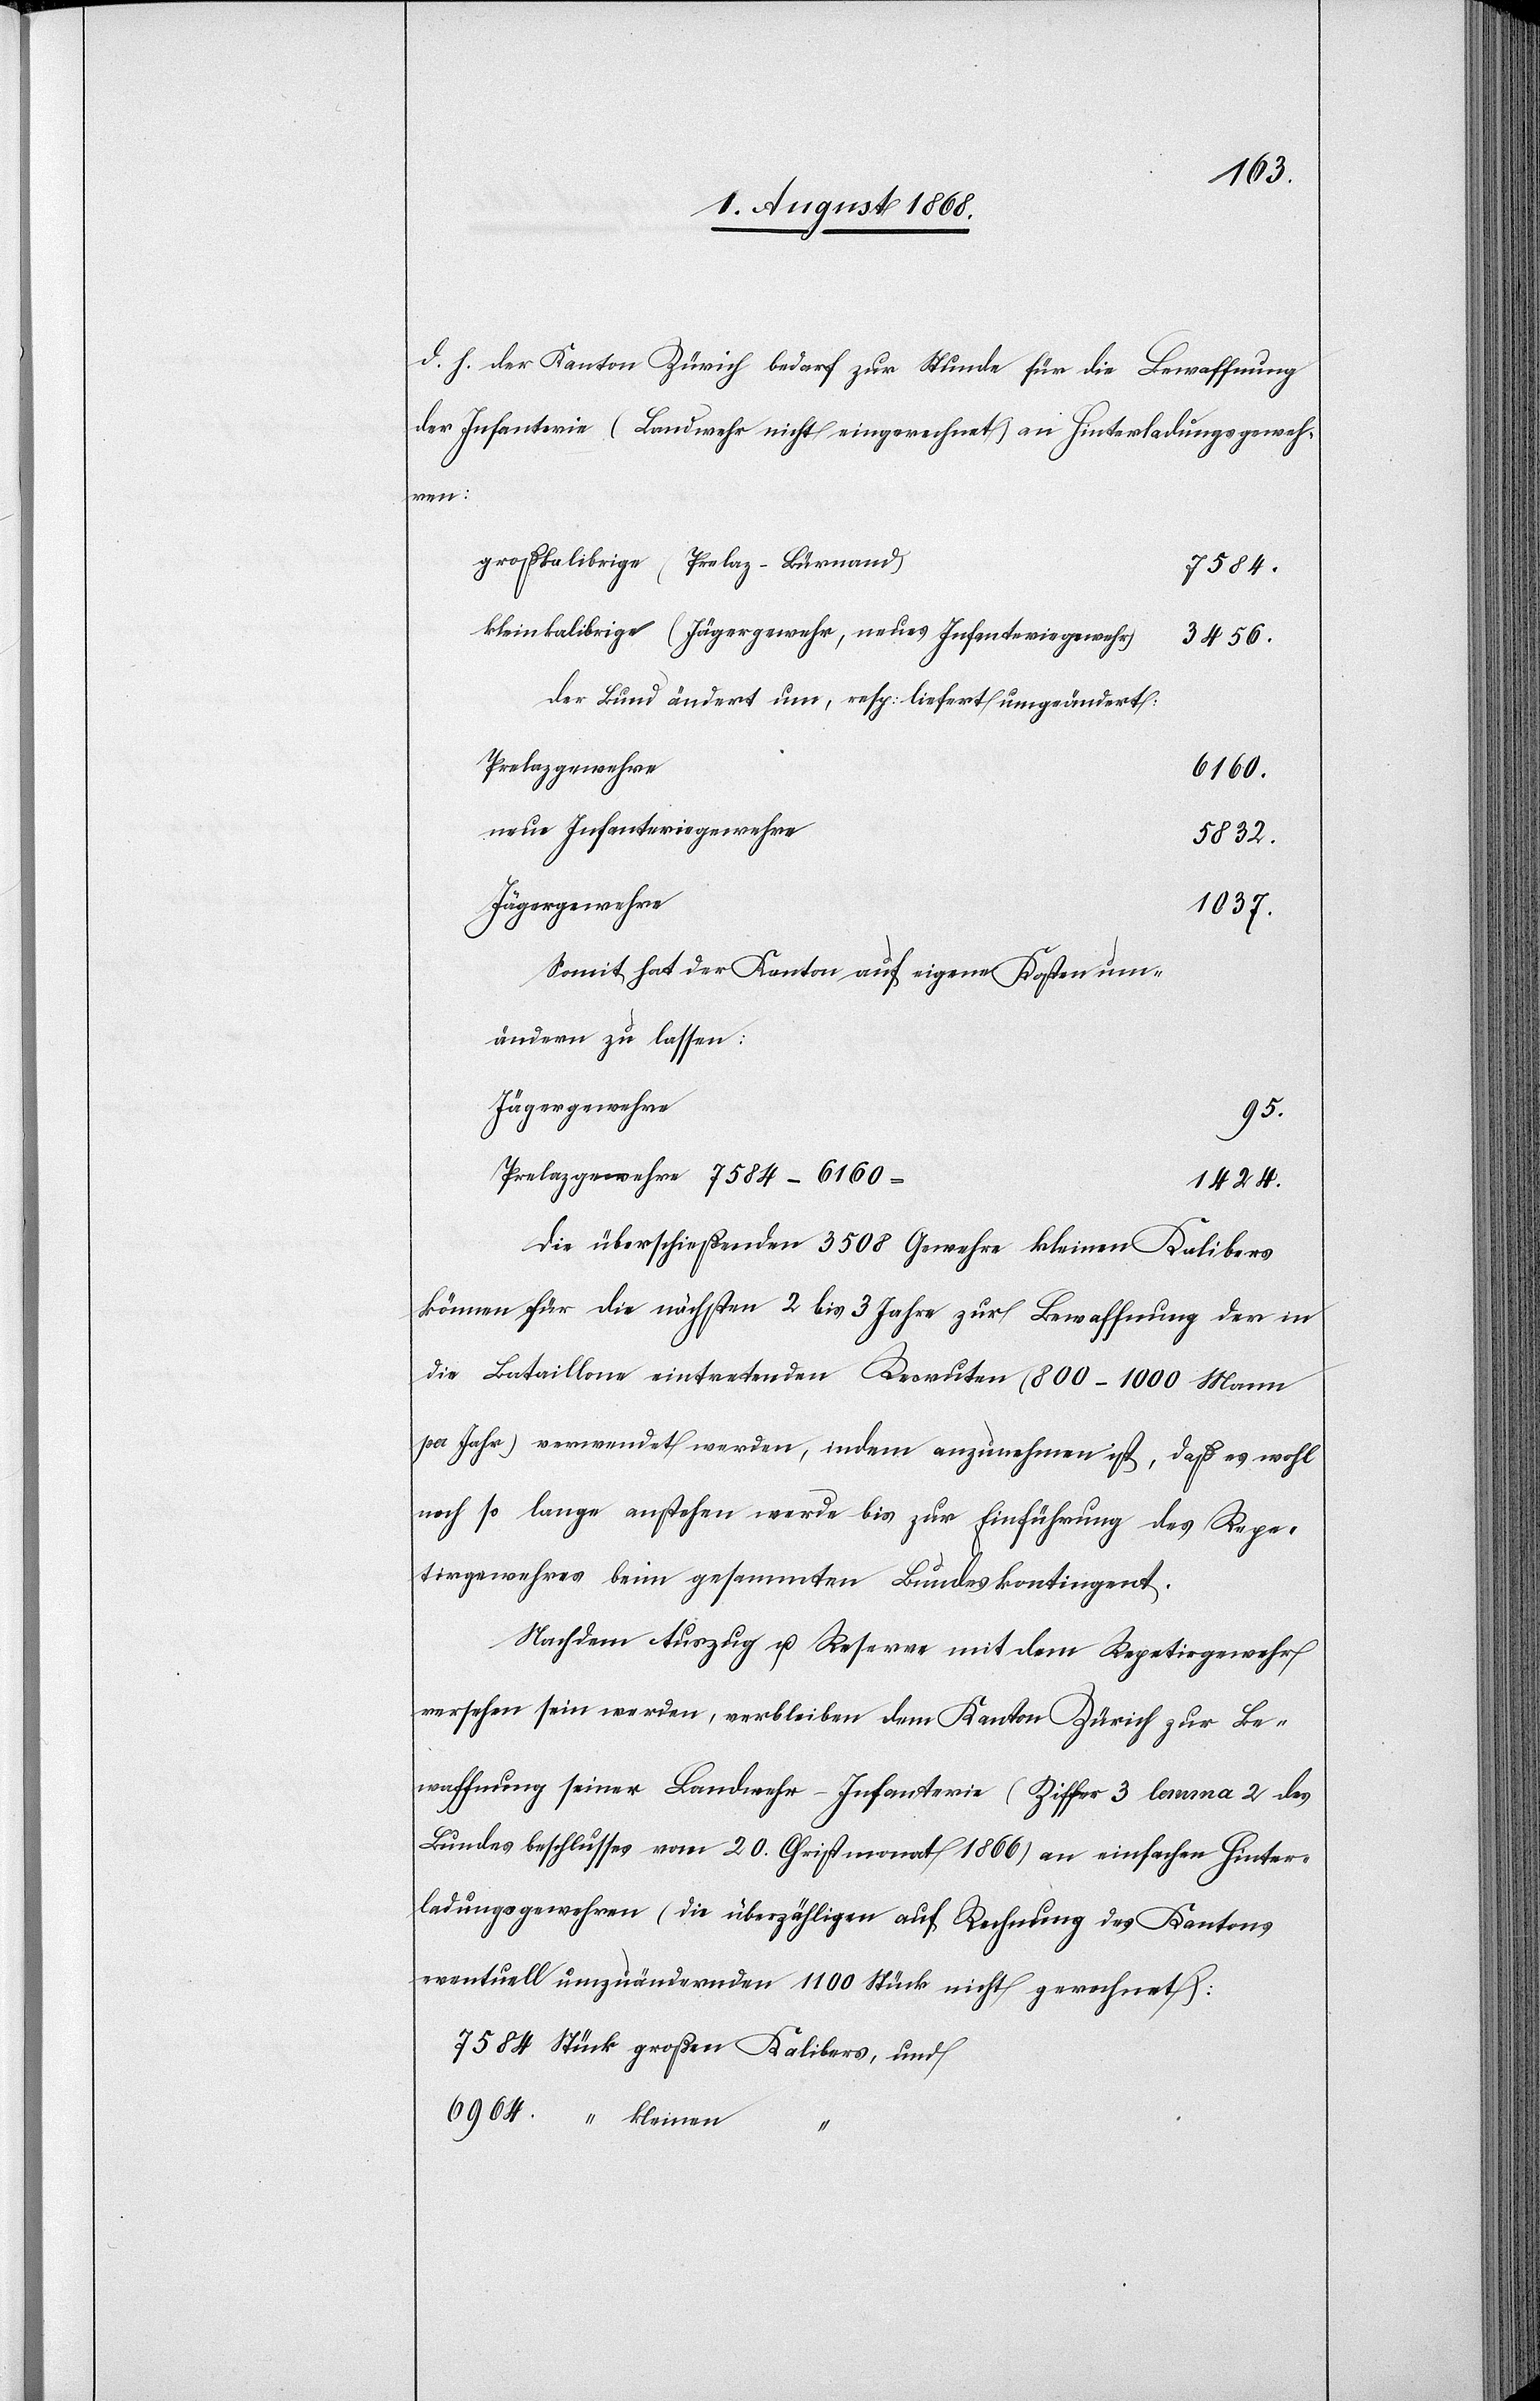
d. h. der Kanton Zürich bedarf zur Stunde für die Bewaffnung
der Infanterie (Landwehr nicht eingerechnet) an Hinterladungsgeweh¬
ren:
großkalibrige (Prelaz-Bürnand)
7584.
kleinkalibrige (Jägergewehr, neues Infanteriegewehr)
3456.
Der Bund ändert um, resp: liefert umgeändert:
Prelazgewehre
6964.
neue Infanteriegewehre
5832.
Jägergewehre
1037.
Somit hat der Kanton auf eigene Kosten um¬
ändern zu lassen:
Jägergewehre
95.
Prelazgewehre 7584–6160
1424.
Die überschießenden 3508 Gewehre kleinen Kalibers
können für die nächsten 2 bis 3 Jahre zur Bewaffnung der in
die Bataillone eintretenden Recruten (800–1000 Mann
per Jahr) verwendet werden, indem anzunehmen ist, daß es wohl
noch so lange anstehen werde bis zur Einführung des Repe¬
tirgewehres beim gesammten Bundeskontingent.
Nachdem Auszug u. Reserve mit dem Repetirgewehr
versehen sein werden, verbleiben dem Kanton Zürich zur Be¬
waffnung seiner Landwehr-Infanterie (Ziffer 3 lemma 2 des
Bundesbeschlusses vom 20. Christmonat 1866) an einfachen Hinter¬
ladungsgewehren (die überzähligen auf Rechnung des Kantons
eventuell umzuändernden 1100 Stück nicht gerechnet):
7584 Stück großen Kalibers, und